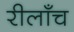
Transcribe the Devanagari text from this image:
रीलाँच